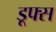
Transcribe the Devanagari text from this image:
डूफ्स